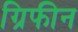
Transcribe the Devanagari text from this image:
ग्रिफीन